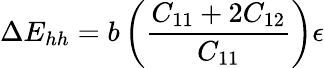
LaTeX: \Delta E_{hh}=b\left({\frac{C_{11}+2C_{12}}{C_{11}}}\right)\epsilon